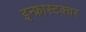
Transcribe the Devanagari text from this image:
इन्फ्रास्टक्चर